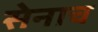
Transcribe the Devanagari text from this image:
सेनाच